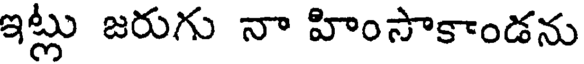
ఇట్లు జరుగు నా హింసాకాండను